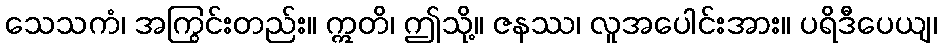
သေသကံ၊ အကြွင်းတည်း။ ဣတိ၊ ဤသို့။ ဇနဿ၊ လူအပေါင်းအား။ ပရိဒီပေယျ၊